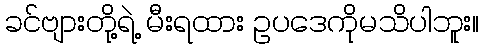
ခင်ဗျားတို့ရဲ့ မီးရထား ဥပဒေကိုမသိပါဘူး။